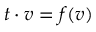
t \cdot v = f ( v )